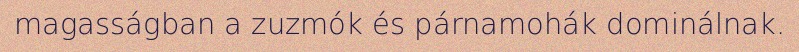
magasságban a zuzmók és párnamohák dominálnak.